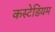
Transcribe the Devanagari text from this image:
कस्टेडियम